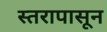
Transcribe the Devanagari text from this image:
स्तरापासून